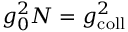
g _ { 0 } ^ { 2 } N = g _ { \mathrm { c o l l } } ^ { 2 }